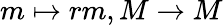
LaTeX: m\mapsto rm,M\to M